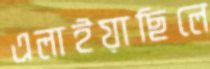
এলাইয়াছিলে